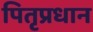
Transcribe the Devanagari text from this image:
पितृप्रधान